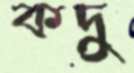
কদু